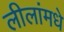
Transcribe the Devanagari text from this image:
लीलांमधे